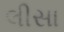
લીસા